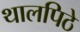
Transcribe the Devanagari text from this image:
थालपिठे